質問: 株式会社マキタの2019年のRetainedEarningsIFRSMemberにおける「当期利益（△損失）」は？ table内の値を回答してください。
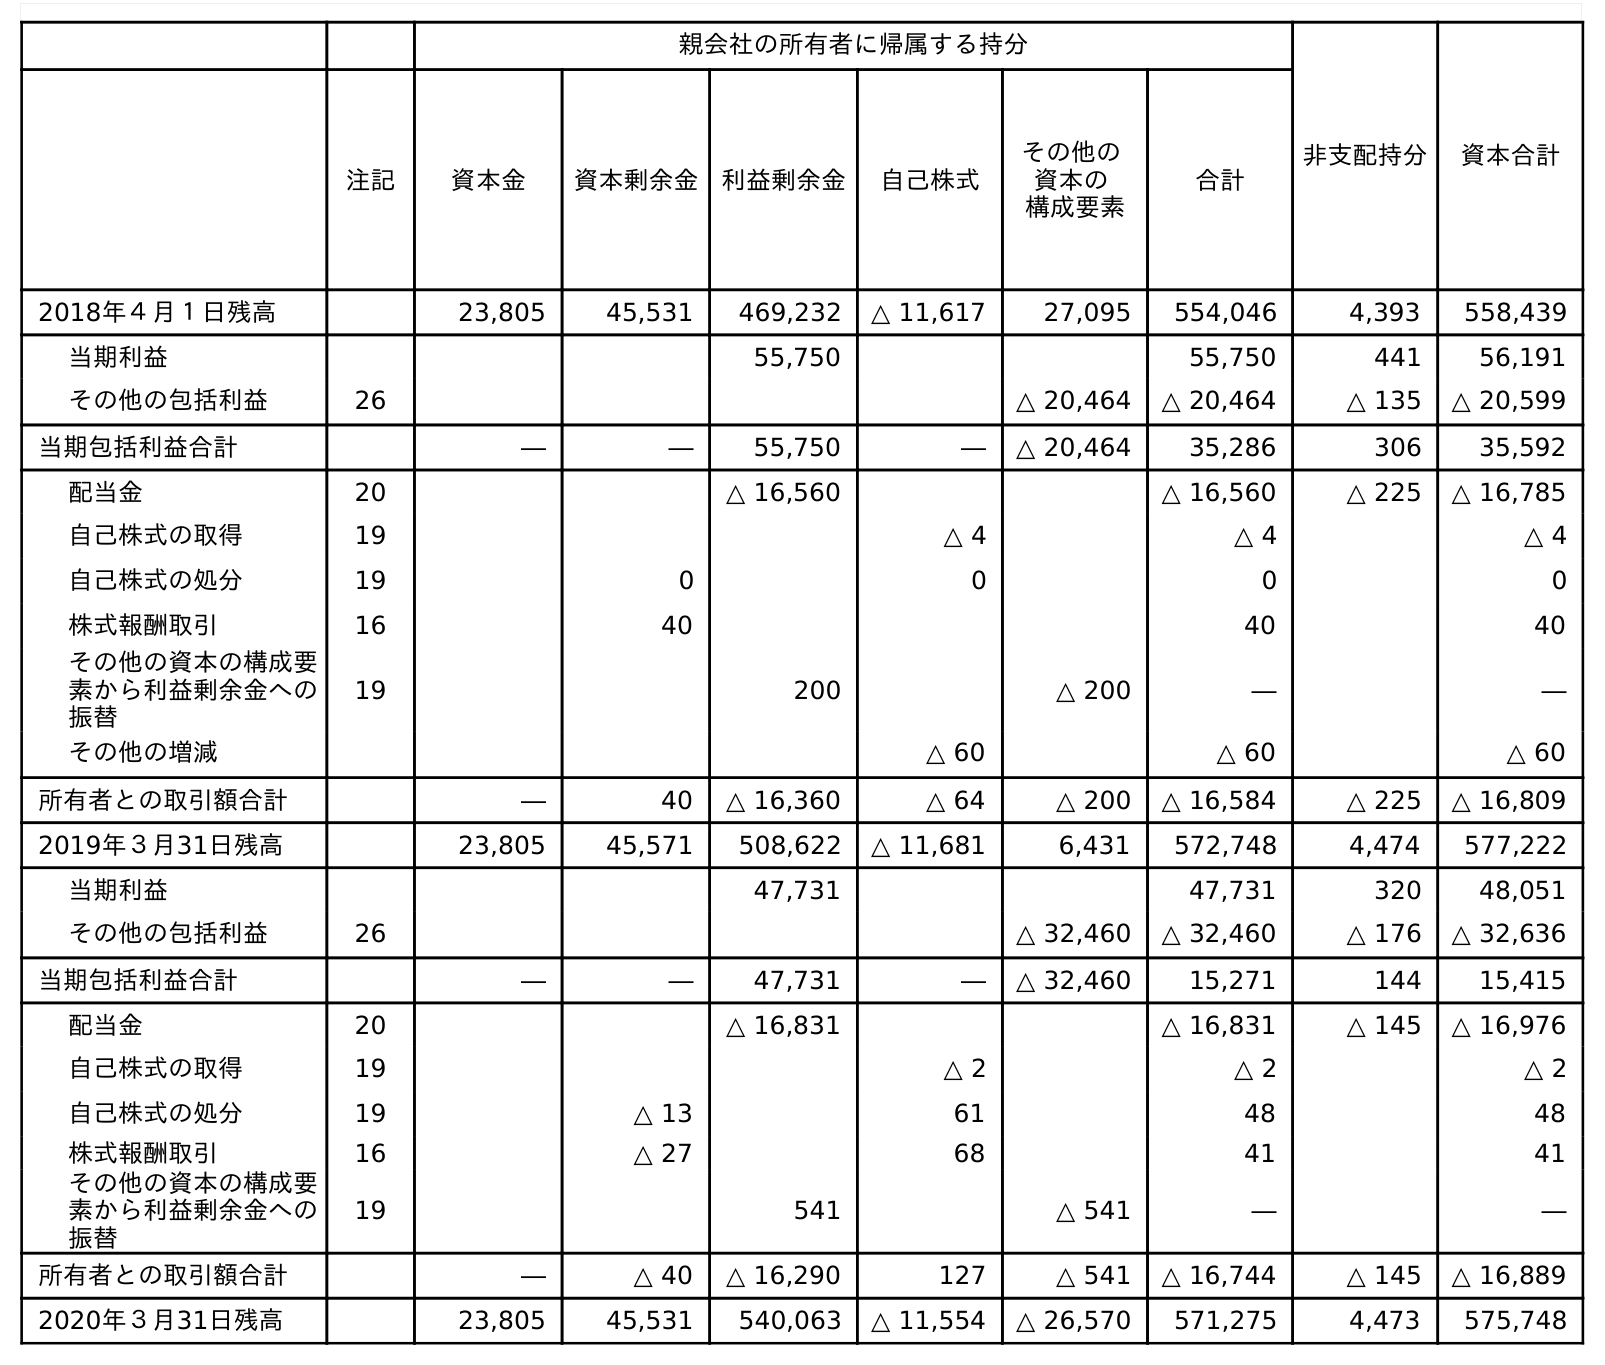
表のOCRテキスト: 親会社の所有者に帰属する持分 非支配持分 資本合計 注記 資本金 資本剰余金 利益剰余金 自己株式 その他の 資本の 構成要素 合計 2018年４月１日残高 23,805 45,531 469,232 △ 11,617 27,095 554,046 4,393 558,439 当期利益 55,750 55,750 441 56,191 その他の包括利益 26 △ 20,464 △ 20,464 △ 135 △ 20,599 当期包括利益合計 ― ― 55,750 ― △ 20,464 35,286 306 35,592 配当金 20 △ 16,560 △ 16,560 △ 225 △ 16,785 自己株式の取得 19 △ 4 △ 4 △ 4 自己株式の処分 19 0 0 0 0 株式報酬取引 16 40 40 40 その他の資本の構成要 素から利益剰余金への 振替 19 200 △ 200 ― ― その他の増減 △ 60 △ 60 △ 60 所有者との取引額合計 ― 40 △ 16,360 △ 64 △ 200 △ 16,584 △ 225 △ 16,809 2019年３月31日残高 23,805 45,571 508,622 △ 11,681 6,431 572,748 4,474 577,222 当期利益 47,731 47,731 320 48,051 その他の包括利益 26 △ 32,460 △ 32,460 △ 176 △ 32,636 当期包括利益合計 ― ― 47,731 ― △ 32,460 15,271 144 15,415 配当金 20 △ 16,831 △ 16,831 △ 145 △ 16,976 自己株式の取得 19 △ 2 △ 2 △ 2 自己株式の処分 19 △ 13 61 48 48 株式報酬取引 16 △ 27 68 41 41 その他の資本の構成要 素から利益剰余金への 振替 19 541 △ 541 ― ― 所有者との取引額合計 ― △ 40 △ 16,290 127 △ 541 △ 16,744 △ 145 △ 16,889 2020年３月31日残高 23,805 45,531 540,063 △ 11,554 △ 26,570 571,275 4,473 575,748
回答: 55,750